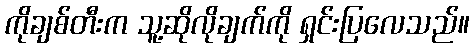
ကိုချစ်တီးက သူ့ဆိုလိုချက်ကို ရှင်းပြလေသည်။